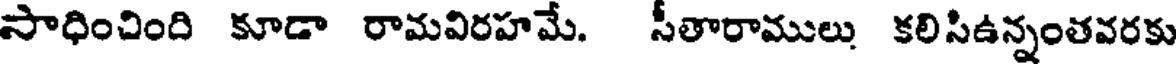
సాధించింది కూడా రామవిరహమే. సీతారాములు కలిసిఉన్నంతవరకు